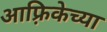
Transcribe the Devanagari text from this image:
आफ़्रिकेच्या